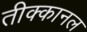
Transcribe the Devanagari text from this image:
तीक्कानल